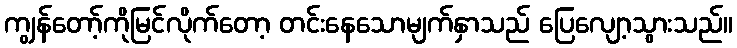
ကျွန်တော့်ကိုမြင်လိုက်တော့ တင်းနေသောမျက်နှာသည် ပြေလျော့သွားသည်။